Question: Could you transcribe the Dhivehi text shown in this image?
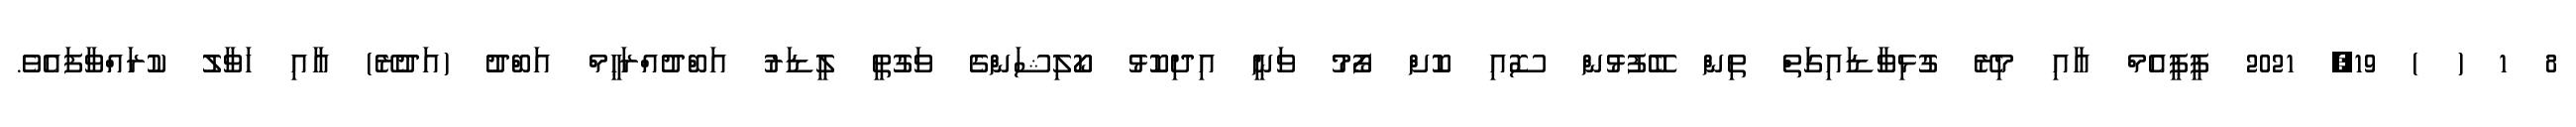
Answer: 8 1 ( ) 19, 2021 ޕީޕީއެމް އާއި މިރޭ ގުޅިވާޑައިގަތް ތިން ބޭފުޅުން ސޮއި ކޮށް ފޯމު ވަނީ އިދިކޮޅު ކޯލިޝަންގެ ވަގުތީ ލީޑަރު އަބްދުއްރަޙީމް އަބްދު (އަދުރޭ) އާއި ހަވާލު ކުރައްވާފައެވެ.